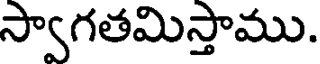
స్వాగతమిస్తాము.